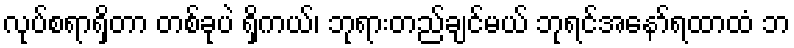
လုပ်စရာရှိတာ တစ်ခုပဲ ရှိကယ်၊ ဘုရားတည်ချင်မယ် ဘုရင်အနော်ရထာထံ ဘ